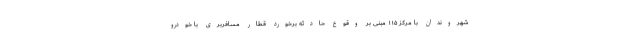
شهروندان با مرکز ۱۱۵ مبنی بر وقوع حادثه برخورد قطار مسافربری با خودرو